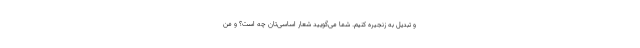
و تبدیل به زنجیره کنیم. شما می‌گویید شعار اساسی‌تان چه است؟ و من